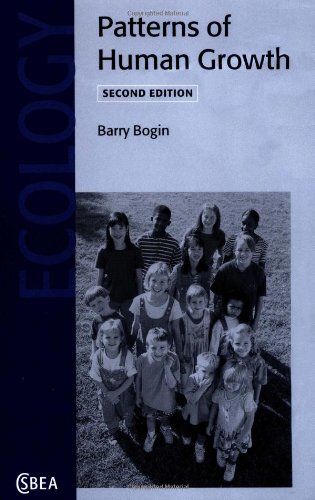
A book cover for Patterns of Human Growth (Cambridge Studies in Biological and Evolutionary Anthropology); Barry Bogin; Medical Books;